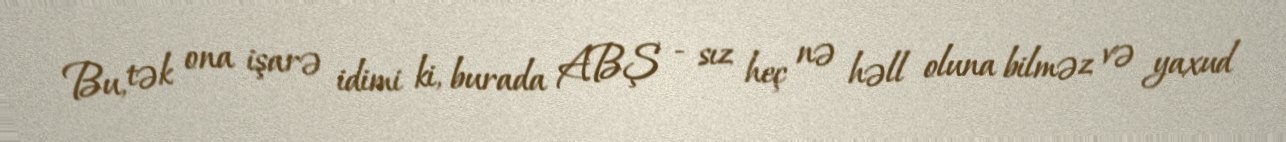
Bu, tək ona işarə idimi ki, burada ABŞ - sız heç nə həll oluna bilməz və yaxud